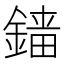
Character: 𨪲